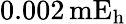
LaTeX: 0.002\, \mathrm{mE_{h}}